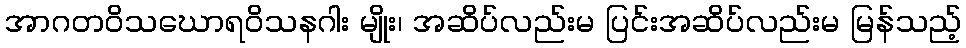
အာဂတဝိသဃောရဝိသနဂါး မျိုး၊ အဆိပ်လည်းမ ပြင်းအဆိပ်လည်းမ မြန်သည့်